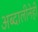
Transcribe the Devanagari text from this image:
अब्दालीनेही